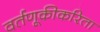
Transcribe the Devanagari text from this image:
वर्तणूकीकरिता